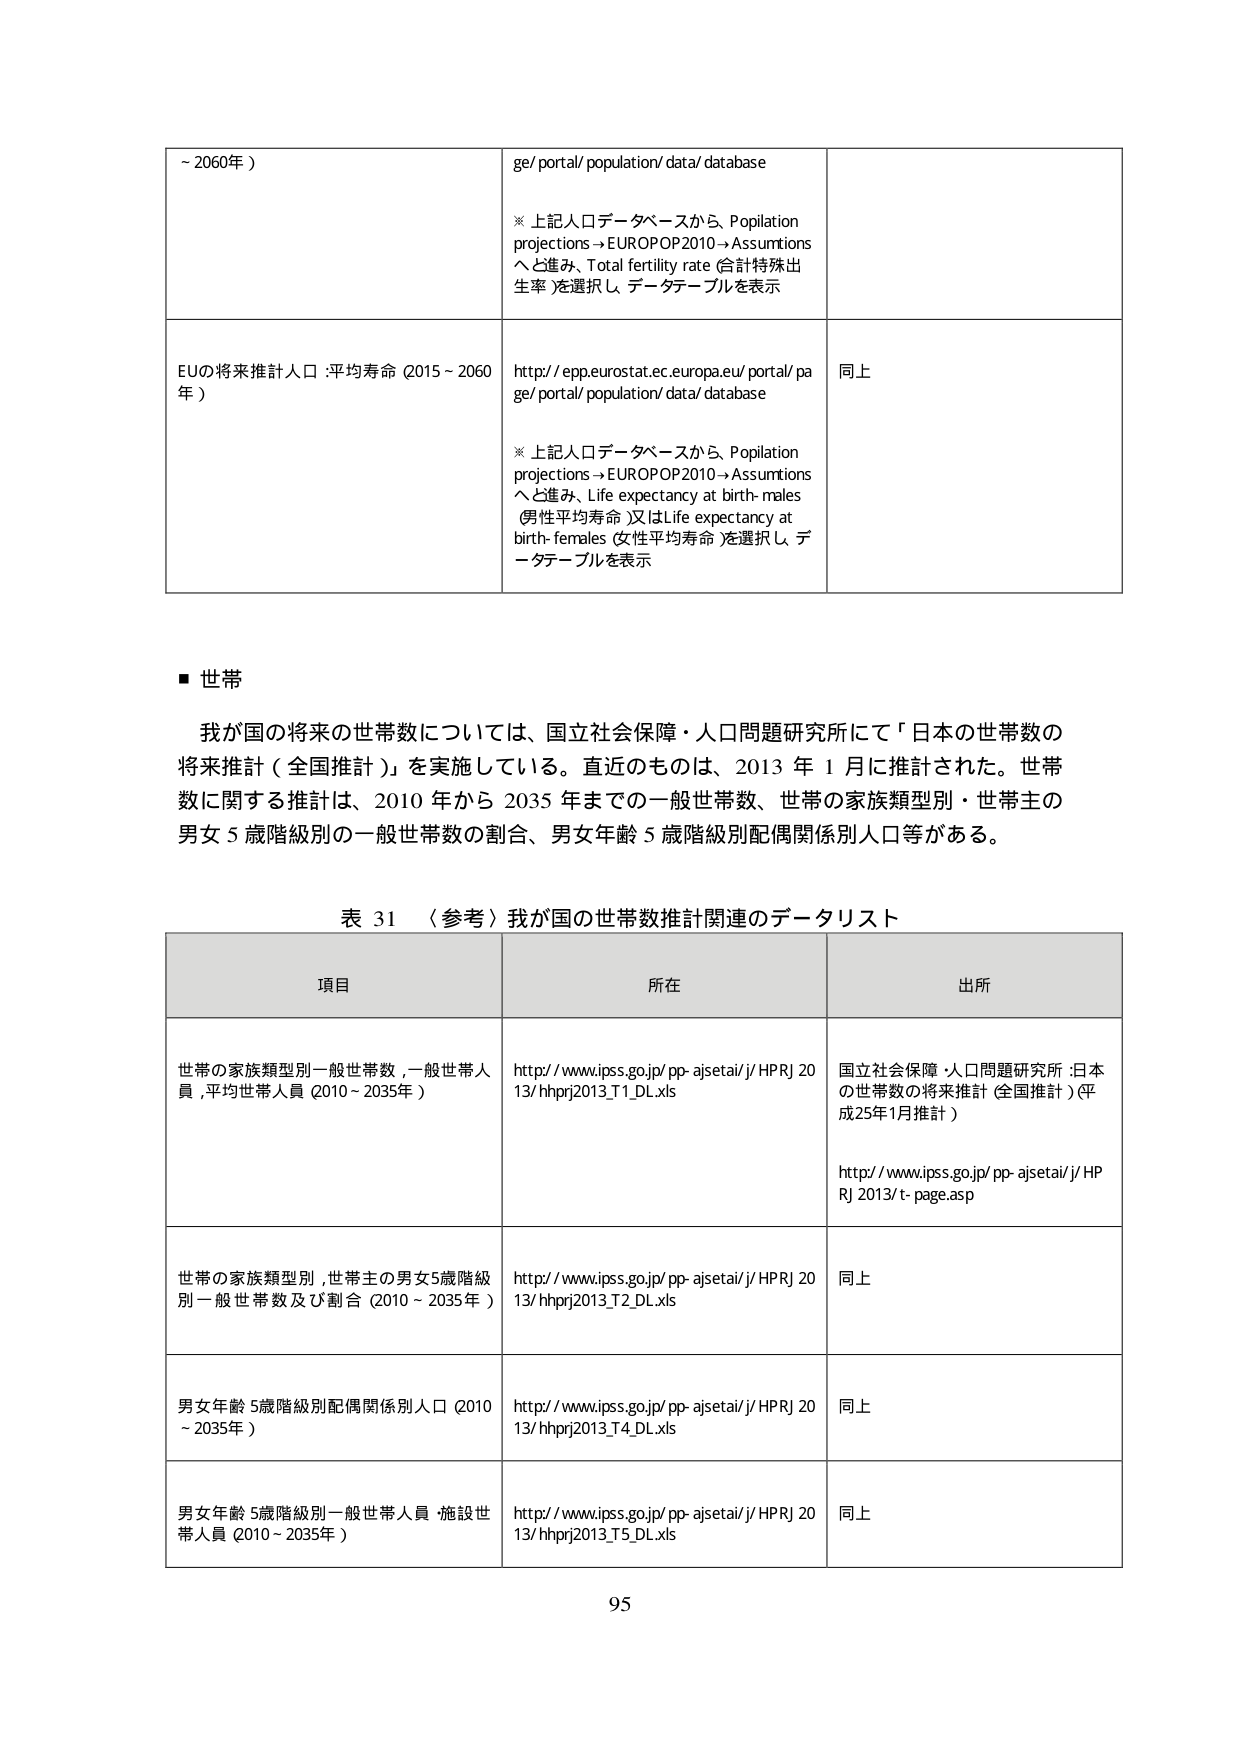
~ 2060年）

ge/ portal/ population/ data/ database

※ 上記人口データベースから、Population projections → EUROPOP2010 → Assumptions へと進み、Total fertility rate (合計特殊出生率) を選択し、データテーブルを表示

EUの将来推計人口 : 平均寿命 (2015 ~ 2060年)

http://epp.eurostat.ec.europa.eu/portal/page/portal/population/data/database

※ 上記人口データベースから、Population projections → EUROPOP2010 → Assumptions へと進み、Life expectancy at birth- males (男性平均寿命) 又は Life expectancy at birth- females (女性平均寿命) を選択し、データテーブルを表示

同上

■ 世帯

我が国の将来の世帯数については、国立社会保障・人口問題研究所にて「日本の世帯数の将来推計（全国推計）」を実施している。直近のものは、2013年1月に推計された。世帯数に関する推計は、2010年から2035年まで的一般世帯数、世帯の家族類型別・世帯主の男女5歳階級別的一般世帯数の割合、男女年齢5歳階級別配偶関係別人口等がある。

表 31 （参考）我が国の世帯数推計関連のデータリスト

項目 所在 出所

世帯の家族類型別一般世帯数，一般世帯人員，平均世帯人員（2010～2035年）

http://www.ipss.go.jp/pp-ajsetai/j/HPRJ2013/hhprj2013_T1_DL.xls

国立社会保障・人口問題研究所：日本の世帯数の将来推計（全国推計）（平成25年1月推計）

http://www.ipss.go.jp/pp-ajsetai/j/HPRJ2013/t-page.asp

世帯の家族類型別，世帯主の男女5歳階級別一般世帯数及び割合（2010～2035年）

http://www.ipss.go.jp/pp-ajsetai/j/HPRJ2013/hhprj2013_T2_DL.xls

同上

男女年齢5歳階級別配偶関係別人口（2010～2035年）

http://www.ipss.go.jp/pp-ajsetai/j/HPRJ2013/hhprj2013_T4_DL.xls

同上

男女年齢5歳階級別一般世帯人員・施設世帯人員（2010～2035年）

http://www.ipss.go.jp/pp-ajsetai/j/HPRJ2013/hhprj2013_T5_DL.xls

同上

95